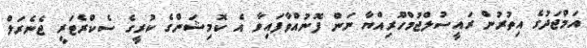
އަމްޖަދުގެ އިތުރުން ރައީސުލްޖުމްހޫރިއްޔާ ނަން ފޮނުއްވާފައިވާ އެ ކޮމިޝަންގެ ކުރީގެ ސެކްރެޓަރީ ޖެނެރަލް